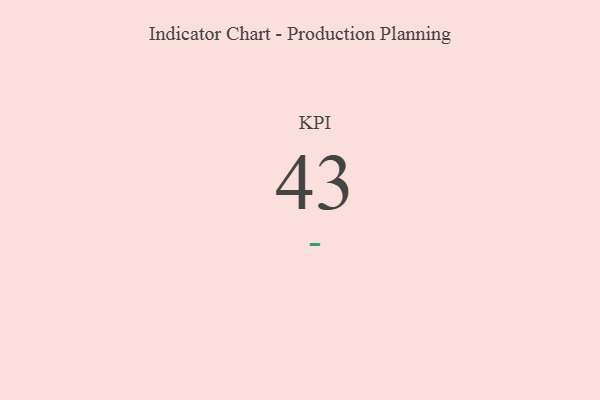
{"axis": {"x": "KPI", "y": "Value"}, "legend": [""], "data": [{"x": "KPI", "y": 43, "type": ""}]}